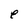
Character: e